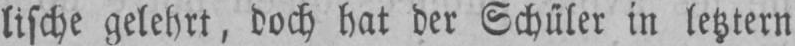
lische gelehrt, doch hat der Schüler in letztern